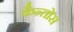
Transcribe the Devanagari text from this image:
कैन्तोस